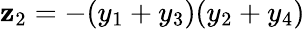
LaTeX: \mathbf{z}_{2}=-(y_{1}+y_{3})(y_{2}+y_{4})